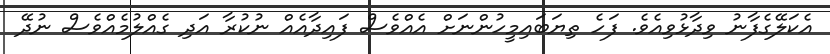
އެކަލޭގެފާނު ވިދާޅުވިއެވެ. ފަހެ ތިޔަބައިމީހުންނަށް އެއްވެސް ފައިދާއެއް ނުކުރާ އަދި ގެއްލުމެއްވެސް ނުދޭ